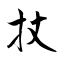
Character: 扙